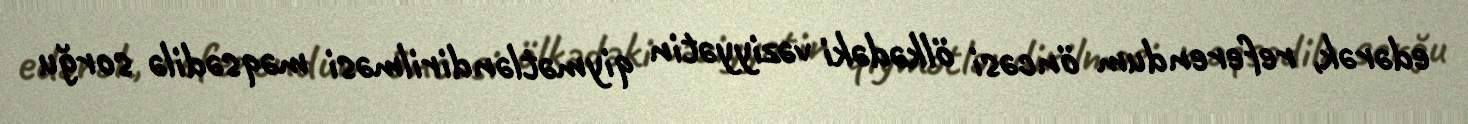
edərək, referendum öncəsi ölkədəki vəziyyətin qiymətləndirilməsi məqsədilə sorğu